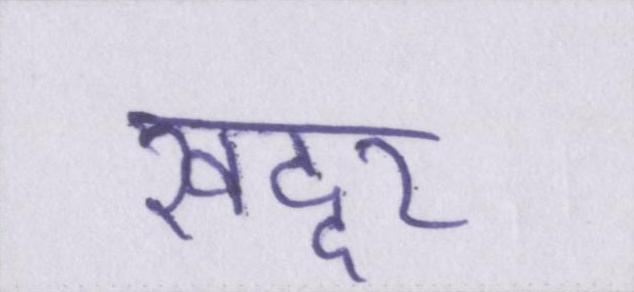
खद्दर